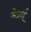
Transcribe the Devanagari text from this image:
लेप्राई